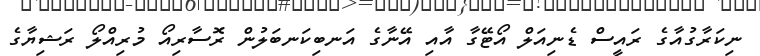
ނިކަރާގުއާގެ ރައީސް ޑެނިއަލް އޯޓޭގާ އާއި އޭނާގެ އަނބިކަނބަލުން ރޮސާރިއޯ މުރިއްލޯ ރަޝިޔާގެ